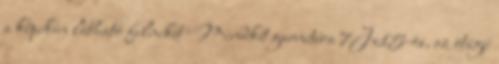
a képeken látható felniket Mindkét garnitúra 7Jx15-ös, az ötágú